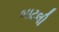
બાટલી